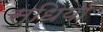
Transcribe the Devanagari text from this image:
सुधियाँ